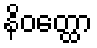
နိဝတ္ထော